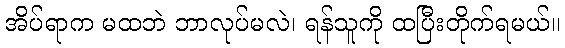
အိပ်ရာက မထဘဲ ဘာလုပ်မလဲ၊ ရန်သူကို ထပြီးတိုက်ရမယ်။